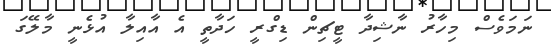
ނަމަވެސް މިހާރު ނާޝިދާ ޓީޗިން ޑިގްރީ ހަދާތީ އެ އާއިލާ އުޅެނީ މާލޭގަ